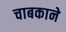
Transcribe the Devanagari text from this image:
चाबकाने